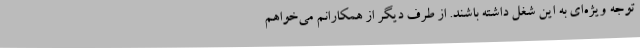
توجه ویژه‌ای به این شغل داشته باشند. از طرف دیگر از همکارانم می‌خواهم